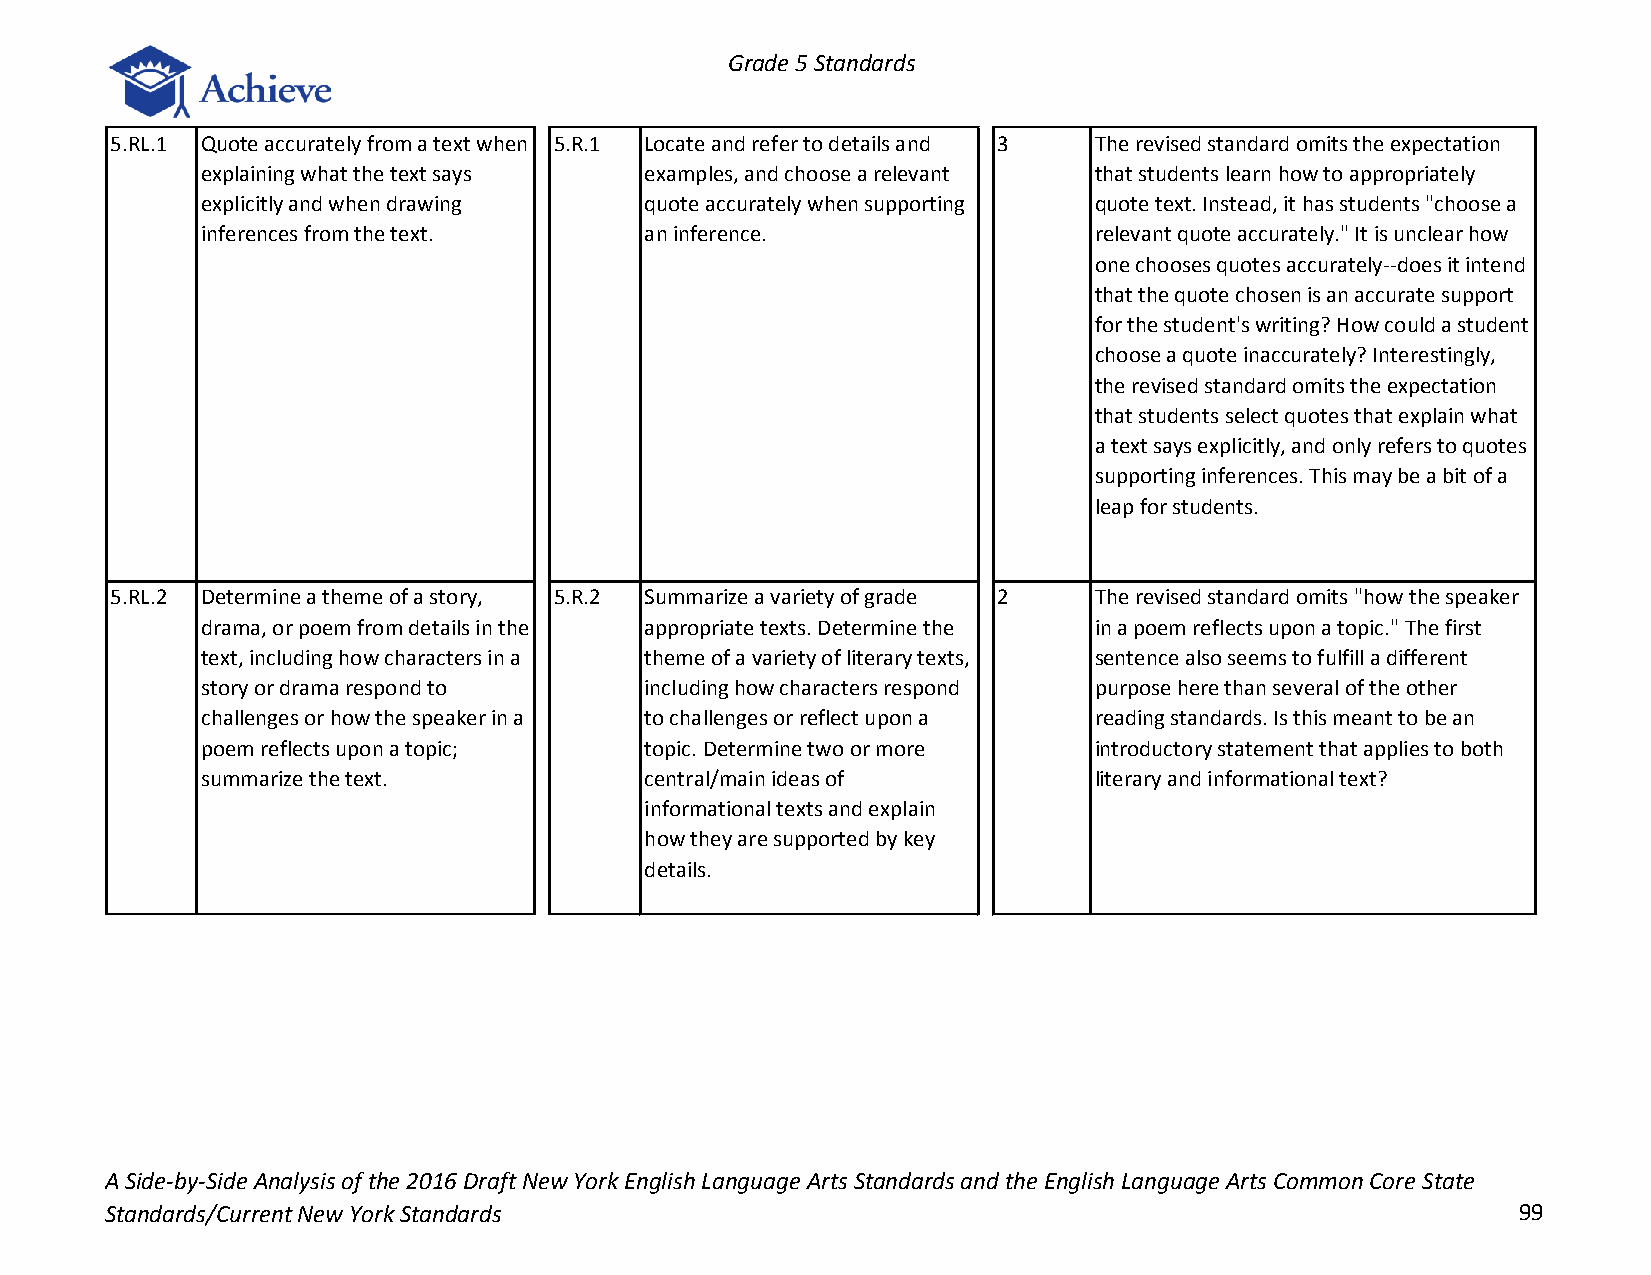
Grade 5 Standards
 5.RL.1 Quote accurately from a text when 5.R.1 Locate and refer to details and 3 The revised standard omits the expectation
 explaining what the text says examples, and choose a relevant that students learn how to appropriately
 explicitly and when drawing   quote accurately when supporting quote text. Instead, it has students "choose a
 inferences from the text.     an inference.                relevant quote accurately." It is unclear how
 one chooses quotes accurately--does it intend
 that the quote chosen is an accurate support
 for the student's writing? How could a student
 choose a quote inaccurately? Interestingly,
 the revised standard omits the expectation
 that students select quotes that explain what
 a text says explicitly, and only refers to quotes
 supporting inferences. This may be a bit of a
 leap for students.
 5.RL.2 Determine a theme of a story, 5.R.2 Summarize a variety of grade 2 The revised standard omits "how the speaker
 drama, or poem from details in the appropriate texts. Determine the in a poem reflects upon a topic." The first
 text, including how characters in a theme of a variety of literary texts, sentence also seems to fulfill a different
 story or drama respond to     including how characters respond purpose here than several of the other
 challenges or how the speaker in a to challenges or reflect upon a reading standards. Is this meant to be an
 poem reflects upon a topic;   topic. Determine two or more introductory statement that applies to both
 summarize the text.           central/main ideas of        literary and informational text?
 informational texts and explain
 how they are supported by key
 details.
 A Side-by-Side Analysis of the 2016 Draft New York English Language Arts Standards and the English Language Arts Common Core State
 Standards/Current New York Standards                                                         99